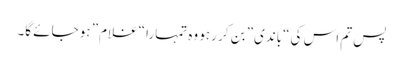
پس تم اس کی “باندی” بن کر رہو وہ تمہارا “غلام” ہو جائے گا۔